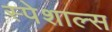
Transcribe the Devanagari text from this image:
स्पेशाल्स